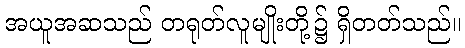
အယူအဆသည် တရုတ်လူမျိုးတို့၌ ရှိတတ်သည်။